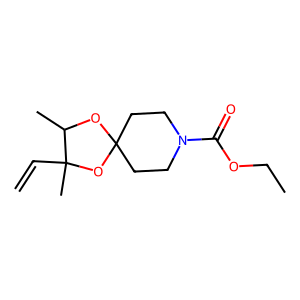
SMILES: C=CC1(C)OC2(CCN(C(=O)OCC)CC2)OC1C
Inhibits HIV replication: No